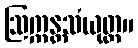
ဩက္ကန္တသံယုတ္တ။